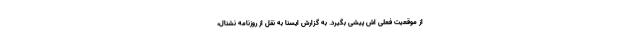
از موقعیت فعلی اش پیشی بگیرد. به گزارش ایسنا به نقل از روزنامه نشنال،